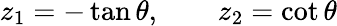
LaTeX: z_{1}=-\tan\theta,\qquad z_{2}=\cot\theta